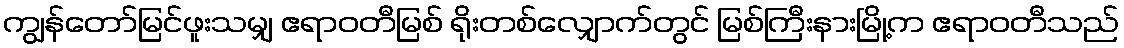
ကျွန်တော်မြင်ဖူးသမျှ ဧရာဝတီမြစ် ရိုးတစ်လျှောက်တွင် မြစ်ကြီးနားမြို့က ဧရာဝတီသည်